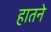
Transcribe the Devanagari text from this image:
हातने